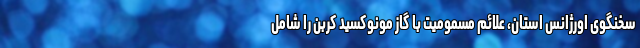
سخنگوی اورژانس استان، علائم مسمومیت با گاز مونوکسید کربن را شامل